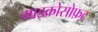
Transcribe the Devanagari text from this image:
माइक्रोसोफ़्ट